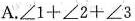
A.$$\angle 1+\angle 2+\angle 3$$